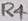
Text: R4